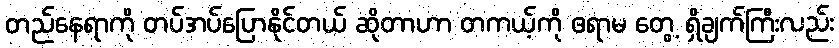
တည်နေရာကို တပ်အပ်ပြောနိုင်တယ် ဆိုတာဟာ တကယ့်ကို ဧရာမ တွေ့ ရှိချက်ကြီးလည်း